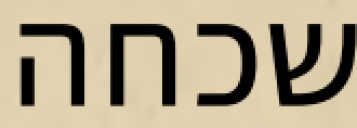
שכחה